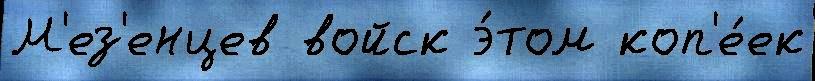
М'ез'енцев войск э́том коп'е́ек